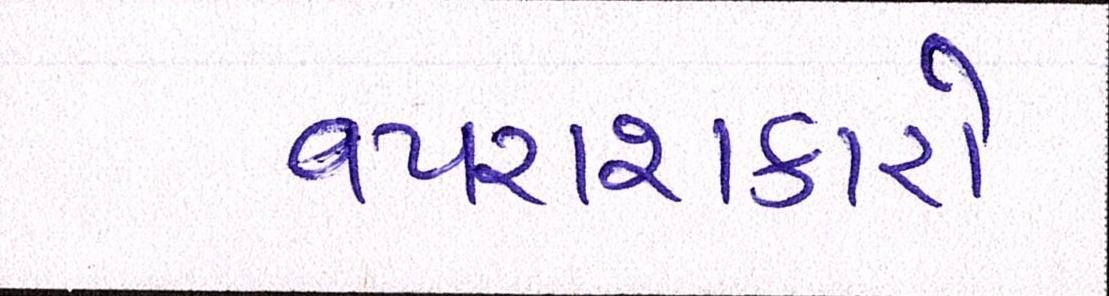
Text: વપરાશકારો